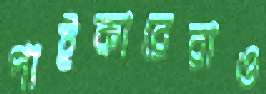
পাইকারেরাও